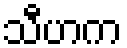
သီဟက